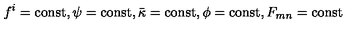
f ^ { i } = \mathrm { c o n s t } , \psi = \mathrm { c o n s t } , \bar { \kappa } = \mathrm { c o n s t } , \phi = \mathrm { c o n s t } , F _ { m n } = \mathrm { c o n s t }